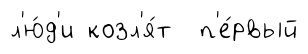
л'ю́д'и козл'я́т п'е́рвый